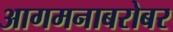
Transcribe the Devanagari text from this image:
आगमनाबरोबर